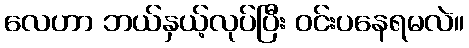
လေဟာ ဘယ်နှယ့်လုပ်ပြီး ဝင်းပနေရမလဲ။